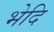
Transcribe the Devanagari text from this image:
भेदि